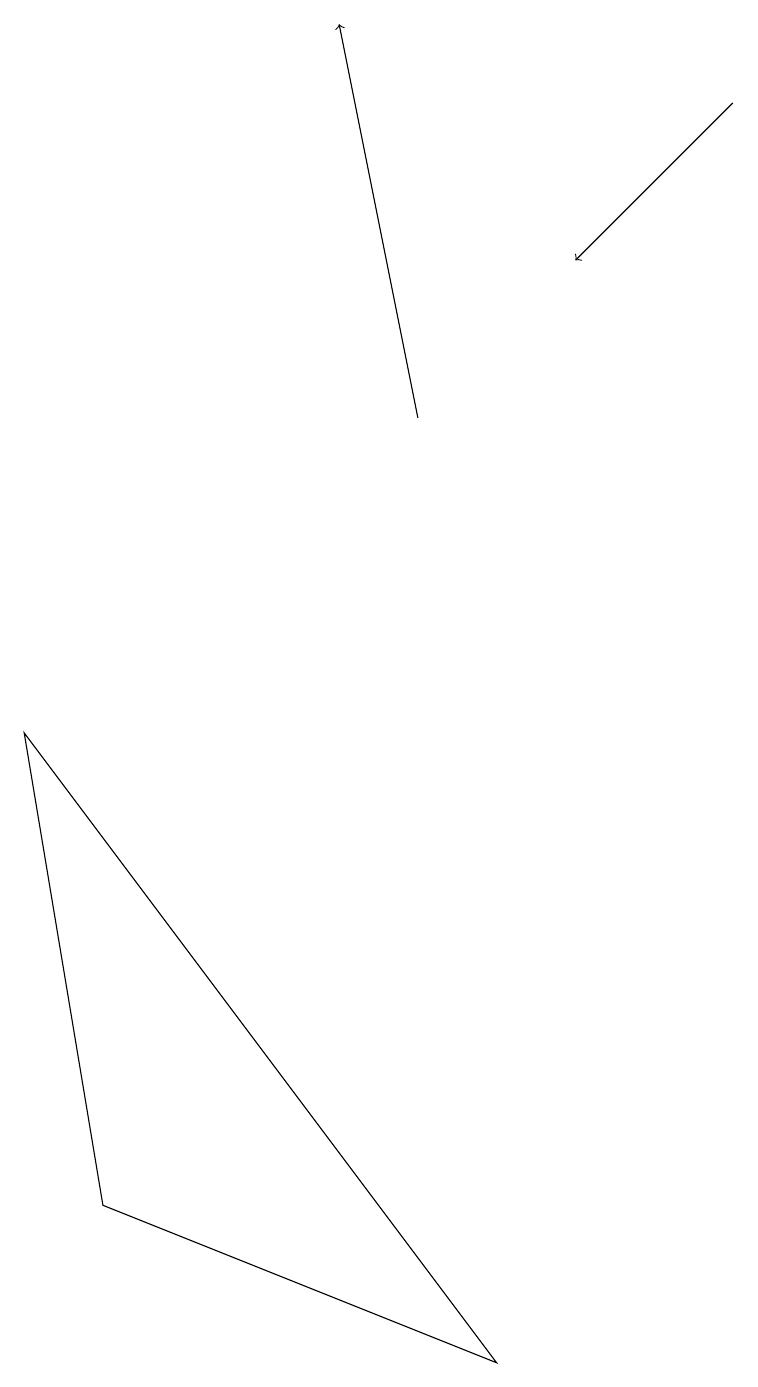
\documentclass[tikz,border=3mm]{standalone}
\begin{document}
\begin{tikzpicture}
\draw[->] (5,13) -- (4,18);
\draw (0,9) -- (1,3) -- (6,1) -- cycle;
\draw[->] (9,17) -- (7,15);
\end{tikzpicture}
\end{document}